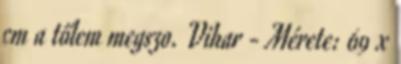
cm a tőlem megszo. Vihar - Mérete: 69 x